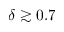
\delta \gtrsim 0 . 7